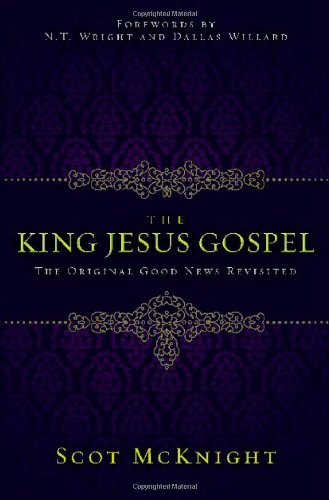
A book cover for The King Jesus Gospel: The Original Good News Revisited; Scot McKnight; Christian Books & Bibles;